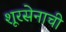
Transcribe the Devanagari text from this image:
शूरसेनाची